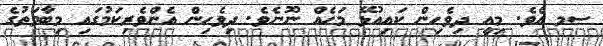
ސމ އެވެ. މިއީ ދިވެހިން ކައިއުޅޭ މަހެއް ނޫނެވެ. ދިވެހިން އެންވެރިކަމުގައި މިބާވަތުގެ